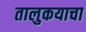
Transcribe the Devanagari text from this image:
तालुकयाचा